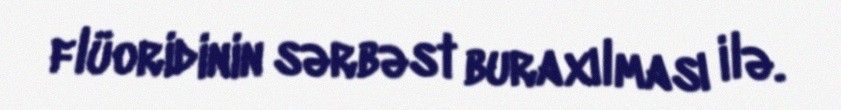
flüoridinin sərbəst buraxılması ilə.